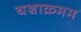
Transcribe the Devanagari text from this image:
यशाक्रमम